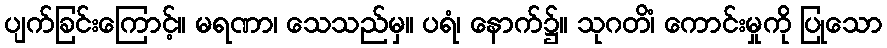
ပျက်ခြင်းကြောင့်။ မရဏာ၊ သေသည်မှ။ ပရံ၊ နောက်၌။ သုဂတိံ၊ ကောင်းမှုကို ပြုသော